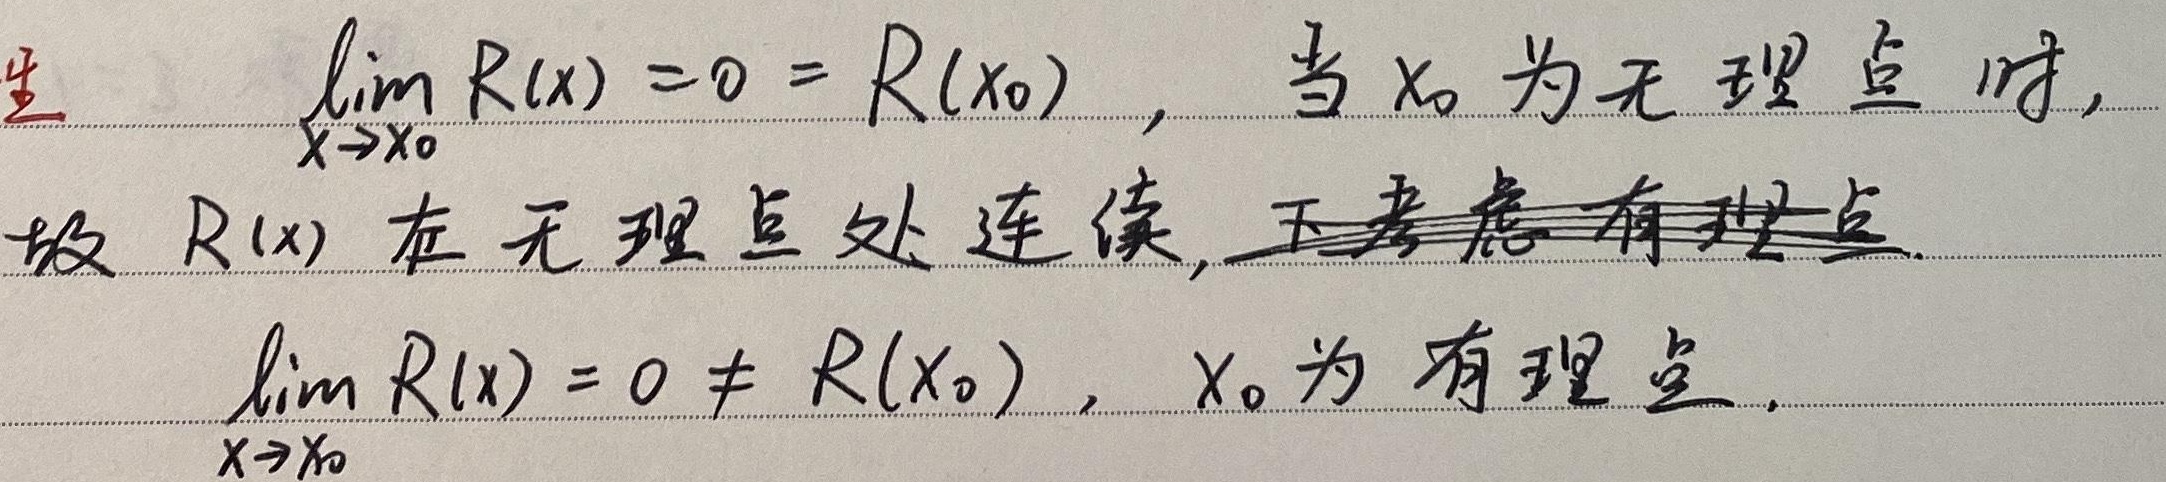
当\(x_0\)为无理点时，\(\lim_{x \to x_0} R(x) = 0 = R(x_0)\)，故 \(R(x)\) 在无理点处连续。下考虑有理点。

当\(x_0\)为有理点时，\(\lim_{x \to x_0} R(x) = 0 \neq R(x_0)\)。